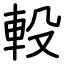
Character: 軗